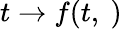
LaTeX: t\to f(t,\ )